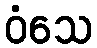
ဝံသေ